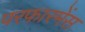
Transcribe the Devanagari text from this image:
परफारमेंस